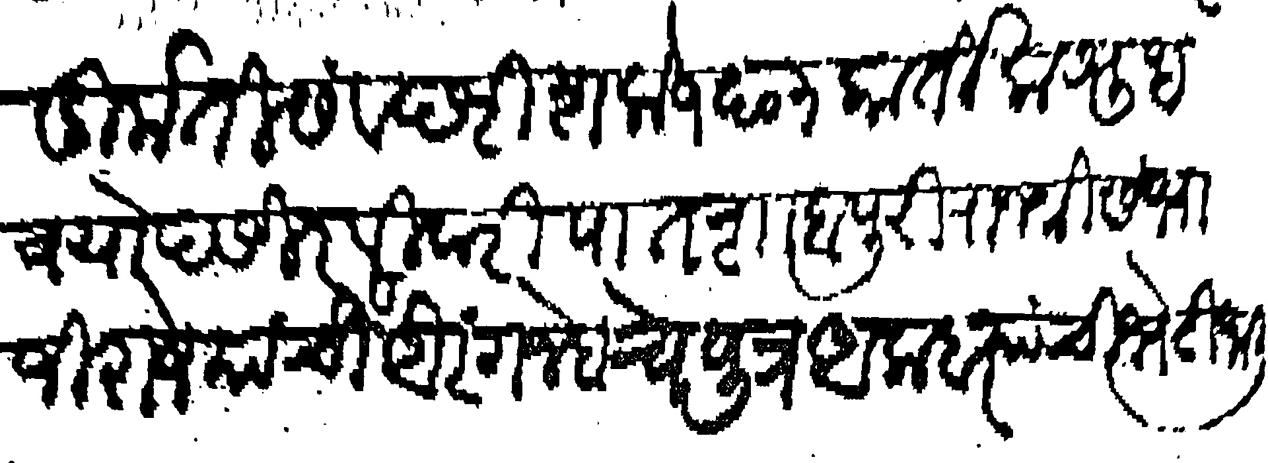
Transliteration (Devanagari): दुर्मति संवछरी शके १६०३ कार्तिक शुध त्रयोदसी रविवारी पातशाहापुरी राजश्री संभाजी राजे यांची व औरंगजेबाचे पुत्र अकबर यांची भेटी जाली